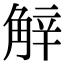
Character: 觪